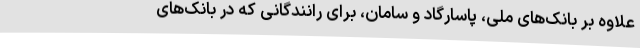
علاوه بر بانک‌های ملی، پاسارگاد و سامان، برای رانندگانی که در بانک‌های